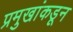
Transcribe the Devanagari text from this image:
प्रमुखांकडून